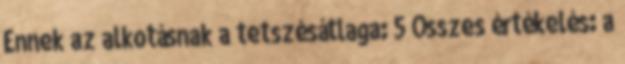
Ennek az alkotásnak a tetszésátlaga: 5 Összes értékelés: a